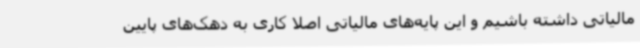
مالیاتی داشته باشیم و این پایه‌های مالیاتی اصلا کاری به دهک‌های پایین